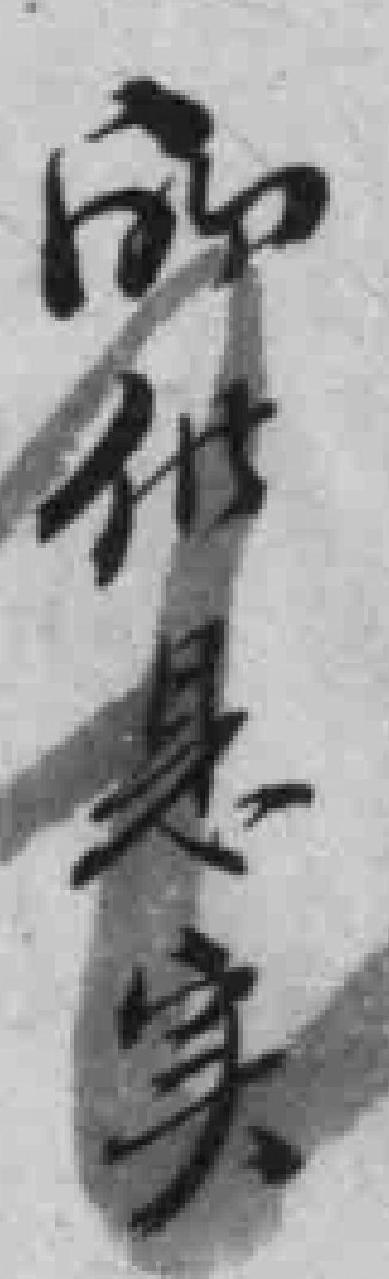
所供是实